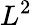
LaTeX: L^{2}